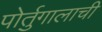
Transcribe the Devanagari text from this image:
पोर्तुगालाची